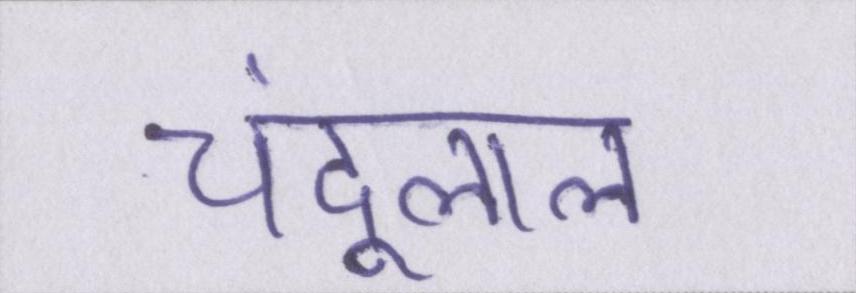
चंदूलाल